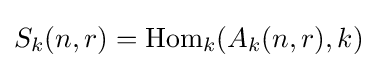
S_{k}(n,r)=\mathrm {Hom} _{k}(A_{k}(n,r),k)